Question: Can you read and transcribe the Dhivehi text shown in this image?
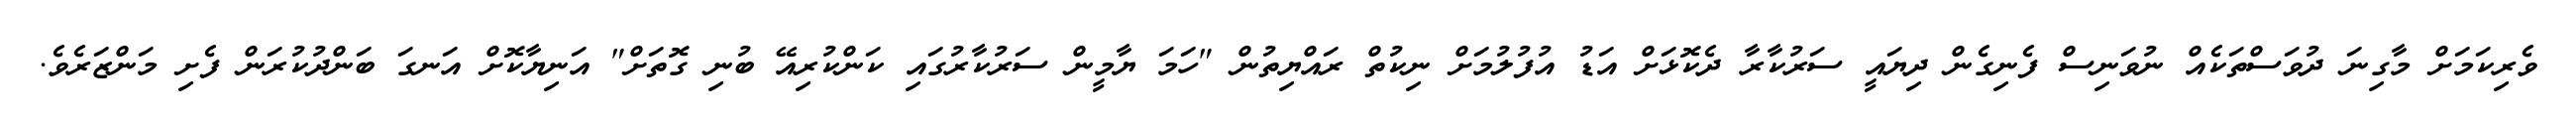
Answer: ވެރިކަމަށް މާގިނަ ދުވަސްތަކެއް ނުވަނިސް ފެނިގެން ދިޔައީ ސަރުކާރާ ދެކޮޅަށް އަޑު އުފުލުމަށް ނިކުތް ރައްޔިތުން "ހަމަ ޔާމީން ސަރުކާރުގައި ކަންކުރިއޭ ބުނި ގޮތަށް" އަނިޔާކޮށް އަނގަ ބަންދުކުރަން ފެށި މަންޒަރެވެ.